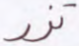
تزر